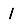
Digit: 1